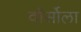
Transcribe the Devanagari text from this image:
वॉर्सोला